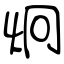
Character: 炯